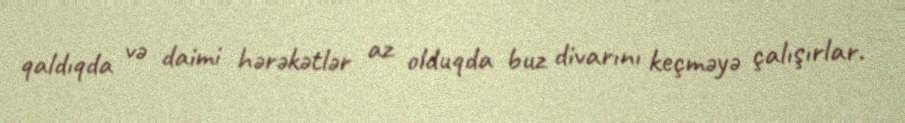
qaldıqda və daimi hərəkətlər az olduqda buz divarını keçməyə çalışırlar.